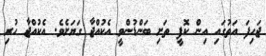
ޖަހިފަ އަތުގައި އިން ކޮފީ ތަށި ބަންޑުންވީ އެކުއްޖާ ގަޔަށެވެ. އެކުއްޖާ ހުރި